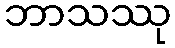
ဘာသဿု